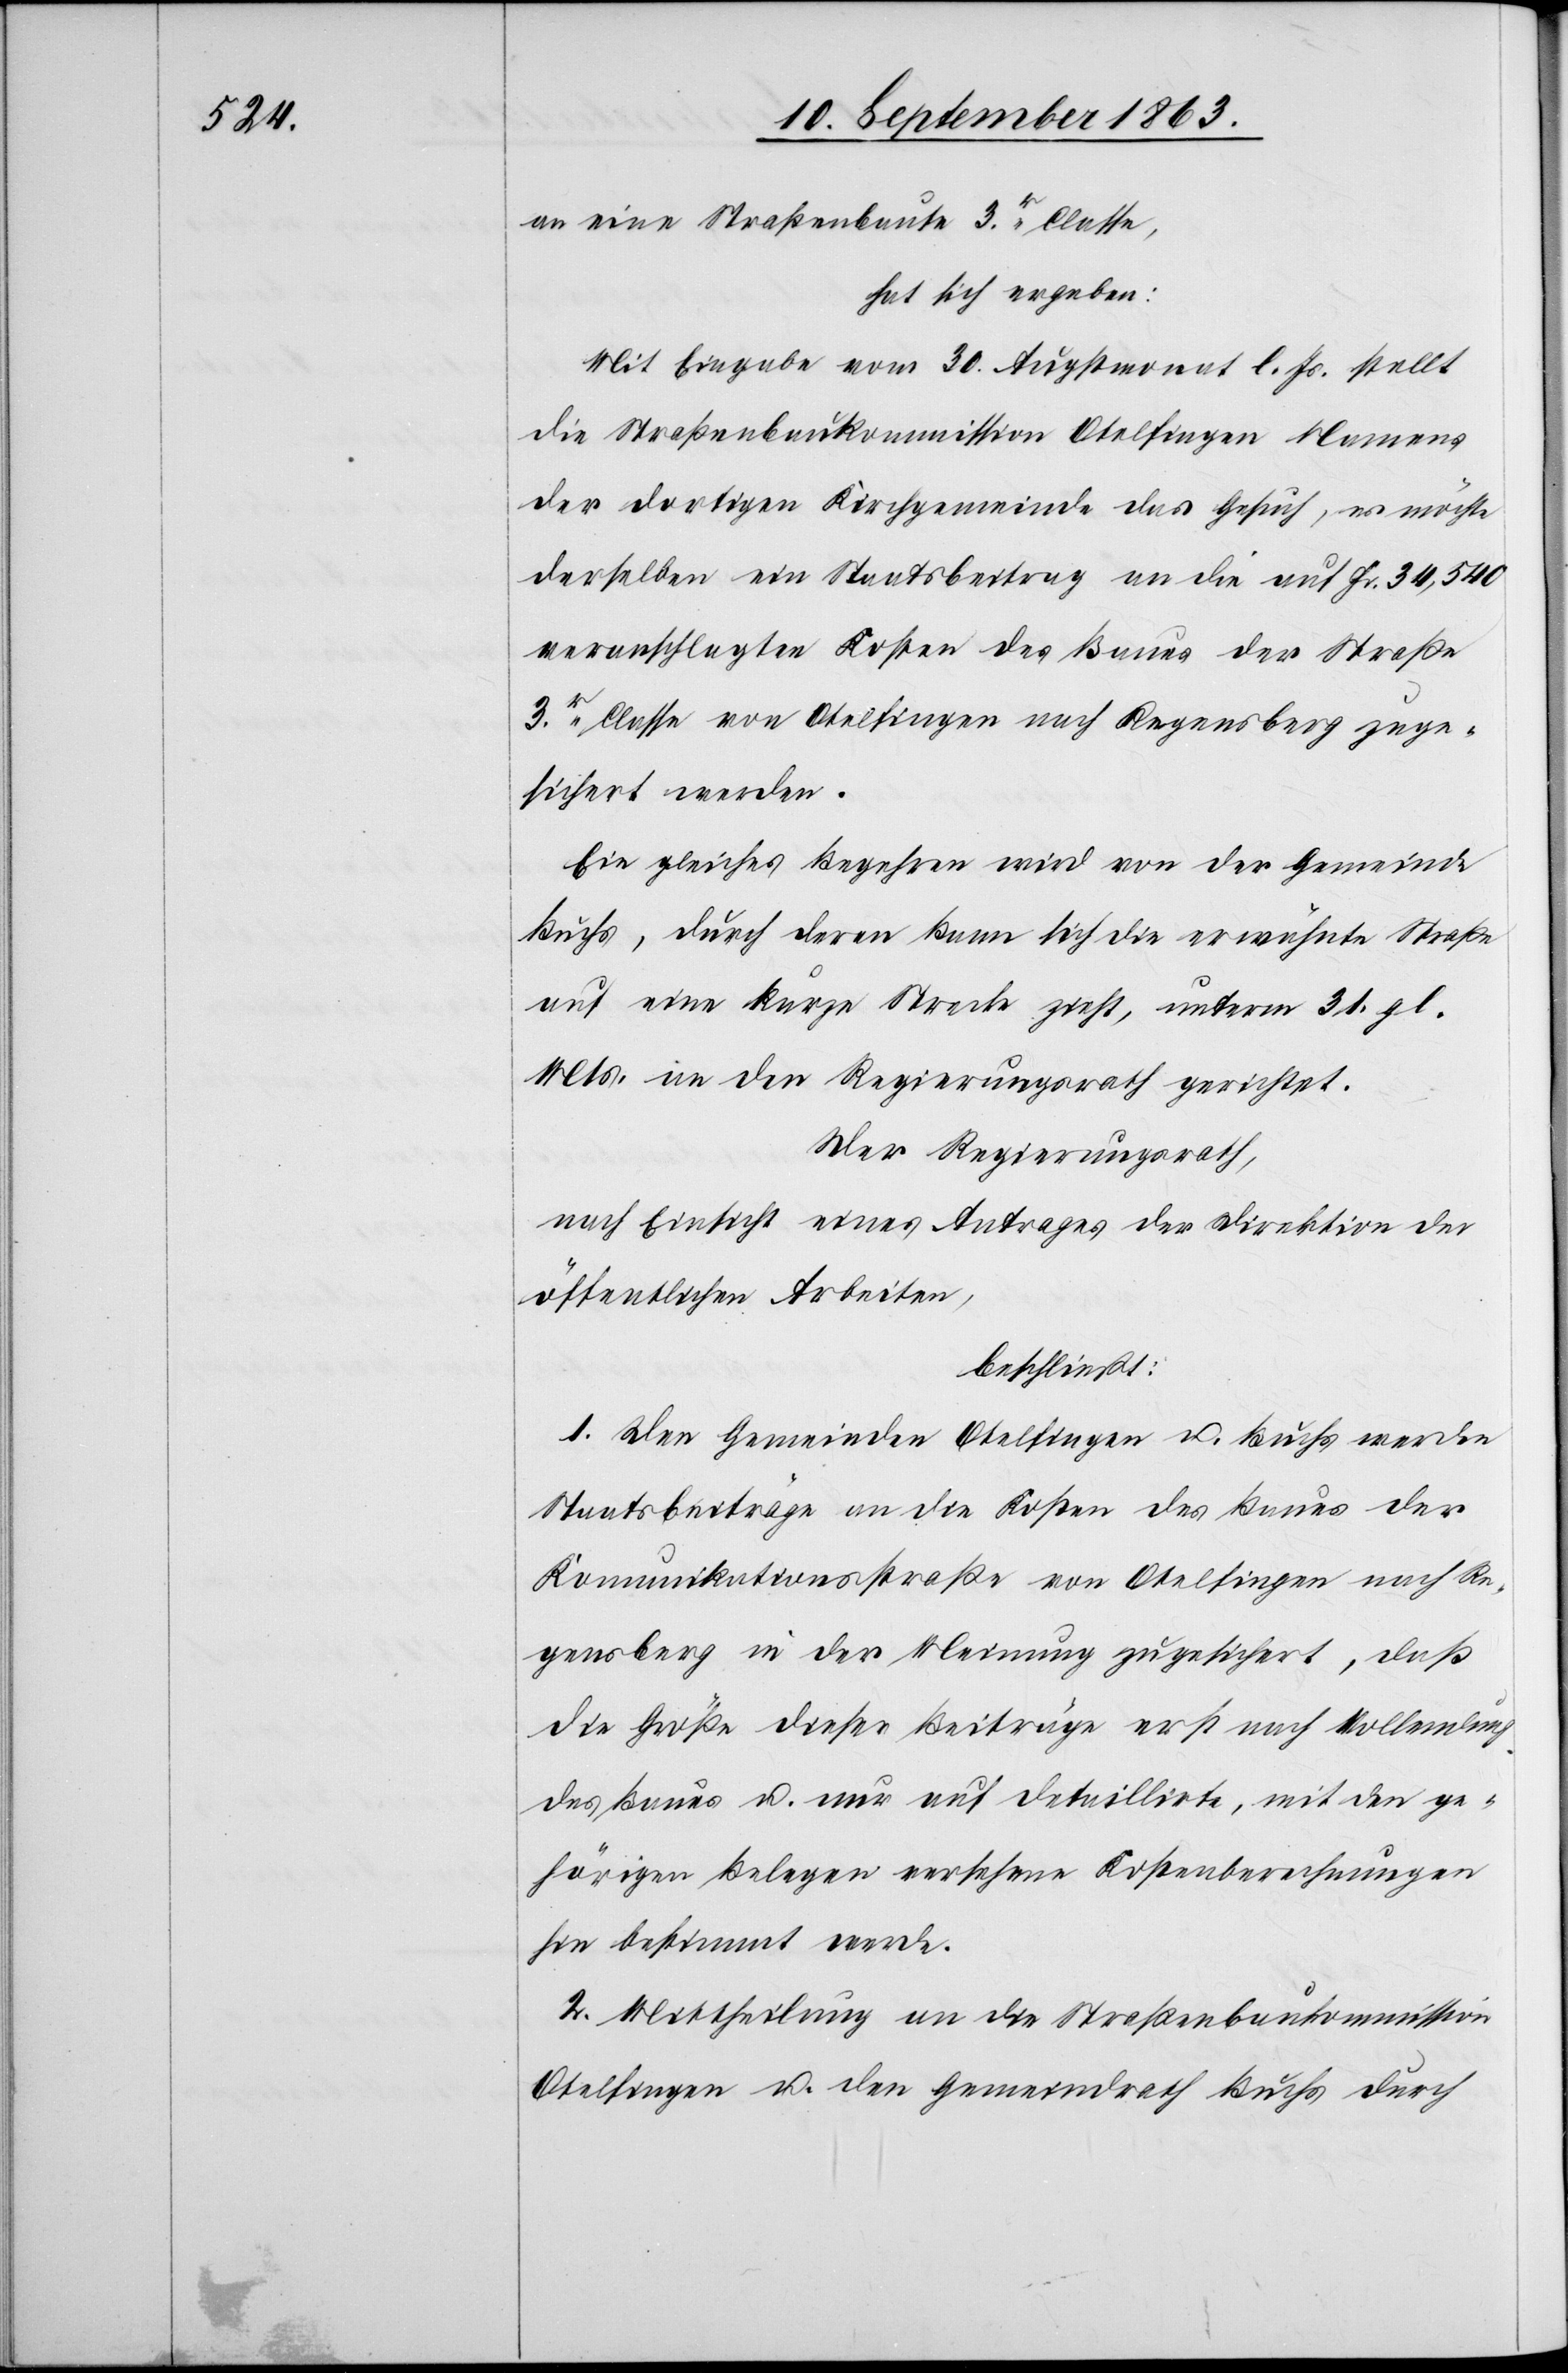
an eine Straßenbaute 3r. Classe,
hat sich ergeben:
Mit Eingabe vom 30. Augstmonat l. Js. stellt
die Straßenbaukommission Otelfingen Namens
der dortigen Kirchgemeinde das Gesuch, es möchte
derselben ein Staatsbeitrag an die auf Fr. 34,540
veranschlagten Kosten des Baues der Straße
3r. Classe von Otelfingen nach Regensberg zuge¬
sichert werden.
Ein gleiches Begehren wird von der Gemeinde
Buchs, durch deren Bann sich die erwähnte Straße
auf eine kurze Strecke zieht, unterm 31. gl.
Mts. an den Regierungsrath gerichtet.
Der Regierungsrath,
nach Einsicht eines Antrages der Direktion der
öffentlichen Arbeiten,
beschließt:
1. Den Gemeinden Otelfingen u. Buchs werden
Staatsbeiträge an die Kosten des Baues der
Komunikationsstraße von Otelfingen nach Re¬
gensberg in der Meinung zugesichert, daß
die Größe dieser Beiträge erst nach Vollendung
des Baues u. nur auf detaillirte, mit den ge¬
hörigen Belegen versehene Kostenberechnungen
hin bestimmt werde.
2. Mittheilung an die Straßenbaukommission
Otelfingen u. den Gemeindrath Buchs durch